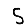
Digit: 5